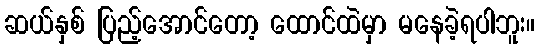
ဆယ်နှစ် ပြည့်အောင်တော့ ထောင်ထဲမှာ မနေခဲ့ရပါဘူး။